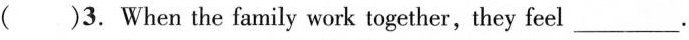
()3.When the family work together,they feel ___.